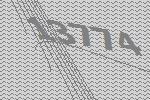
13774